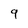
Character: 9